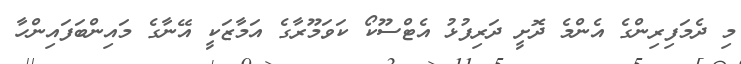
މި ދެމަފިރިންގެ އެންމެ ދޮށީ ދަރިފުޅު އެޓްސޫކޯ ކަވަމޫރާގެ އަމާޒަކީ އޭނާގެ މައިންބަފައިންހާ